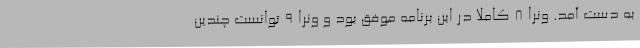
به دست آمد. ونرا ۸ کاملا در این برنامه موفق بود و ونرا ۹ توانست چندین